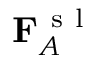
\mathbf { F } _ { A } ^ { \mathrm { ~ s ~ l ~ } }